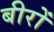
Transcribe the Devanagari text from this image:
बीरों